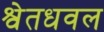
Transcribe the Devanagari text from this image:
श्वेतधवल